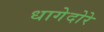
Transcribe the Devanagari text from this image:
धागेदोरे